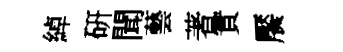
綽硏聞藝著實饜